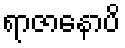
ရာဇာနောပိ